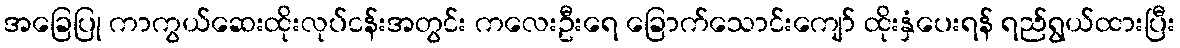
အခြေပြု ကာကွယ်ဆေးထိုးလုပ်ငန်းအတွင်း ကလေးဦးရေ ခြောက်သောင်းကျော် ထိုးနှံပေးရန် ရည်ရွယ်ထားပြီး